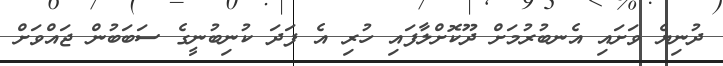
ދުނިޔެ ވަށައި އެނބުރުމަށް ދޫކޮށްލާފައި ހުރި އެ ފަދަ ކުނިބުނީގެ ސަބަބުން ޖައްވަށް